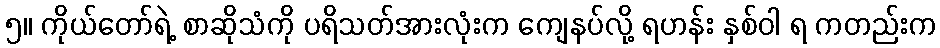
၅။ ကိုယ်တော်ရဲ့ စာဆိုသံကို ပရိသတ်အားလုံးက ကျေနပ်လို့ ရဟန်း နှစ်ဝါ ရ ကတည်းက